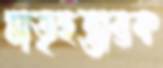
মাতৃহন্তারক